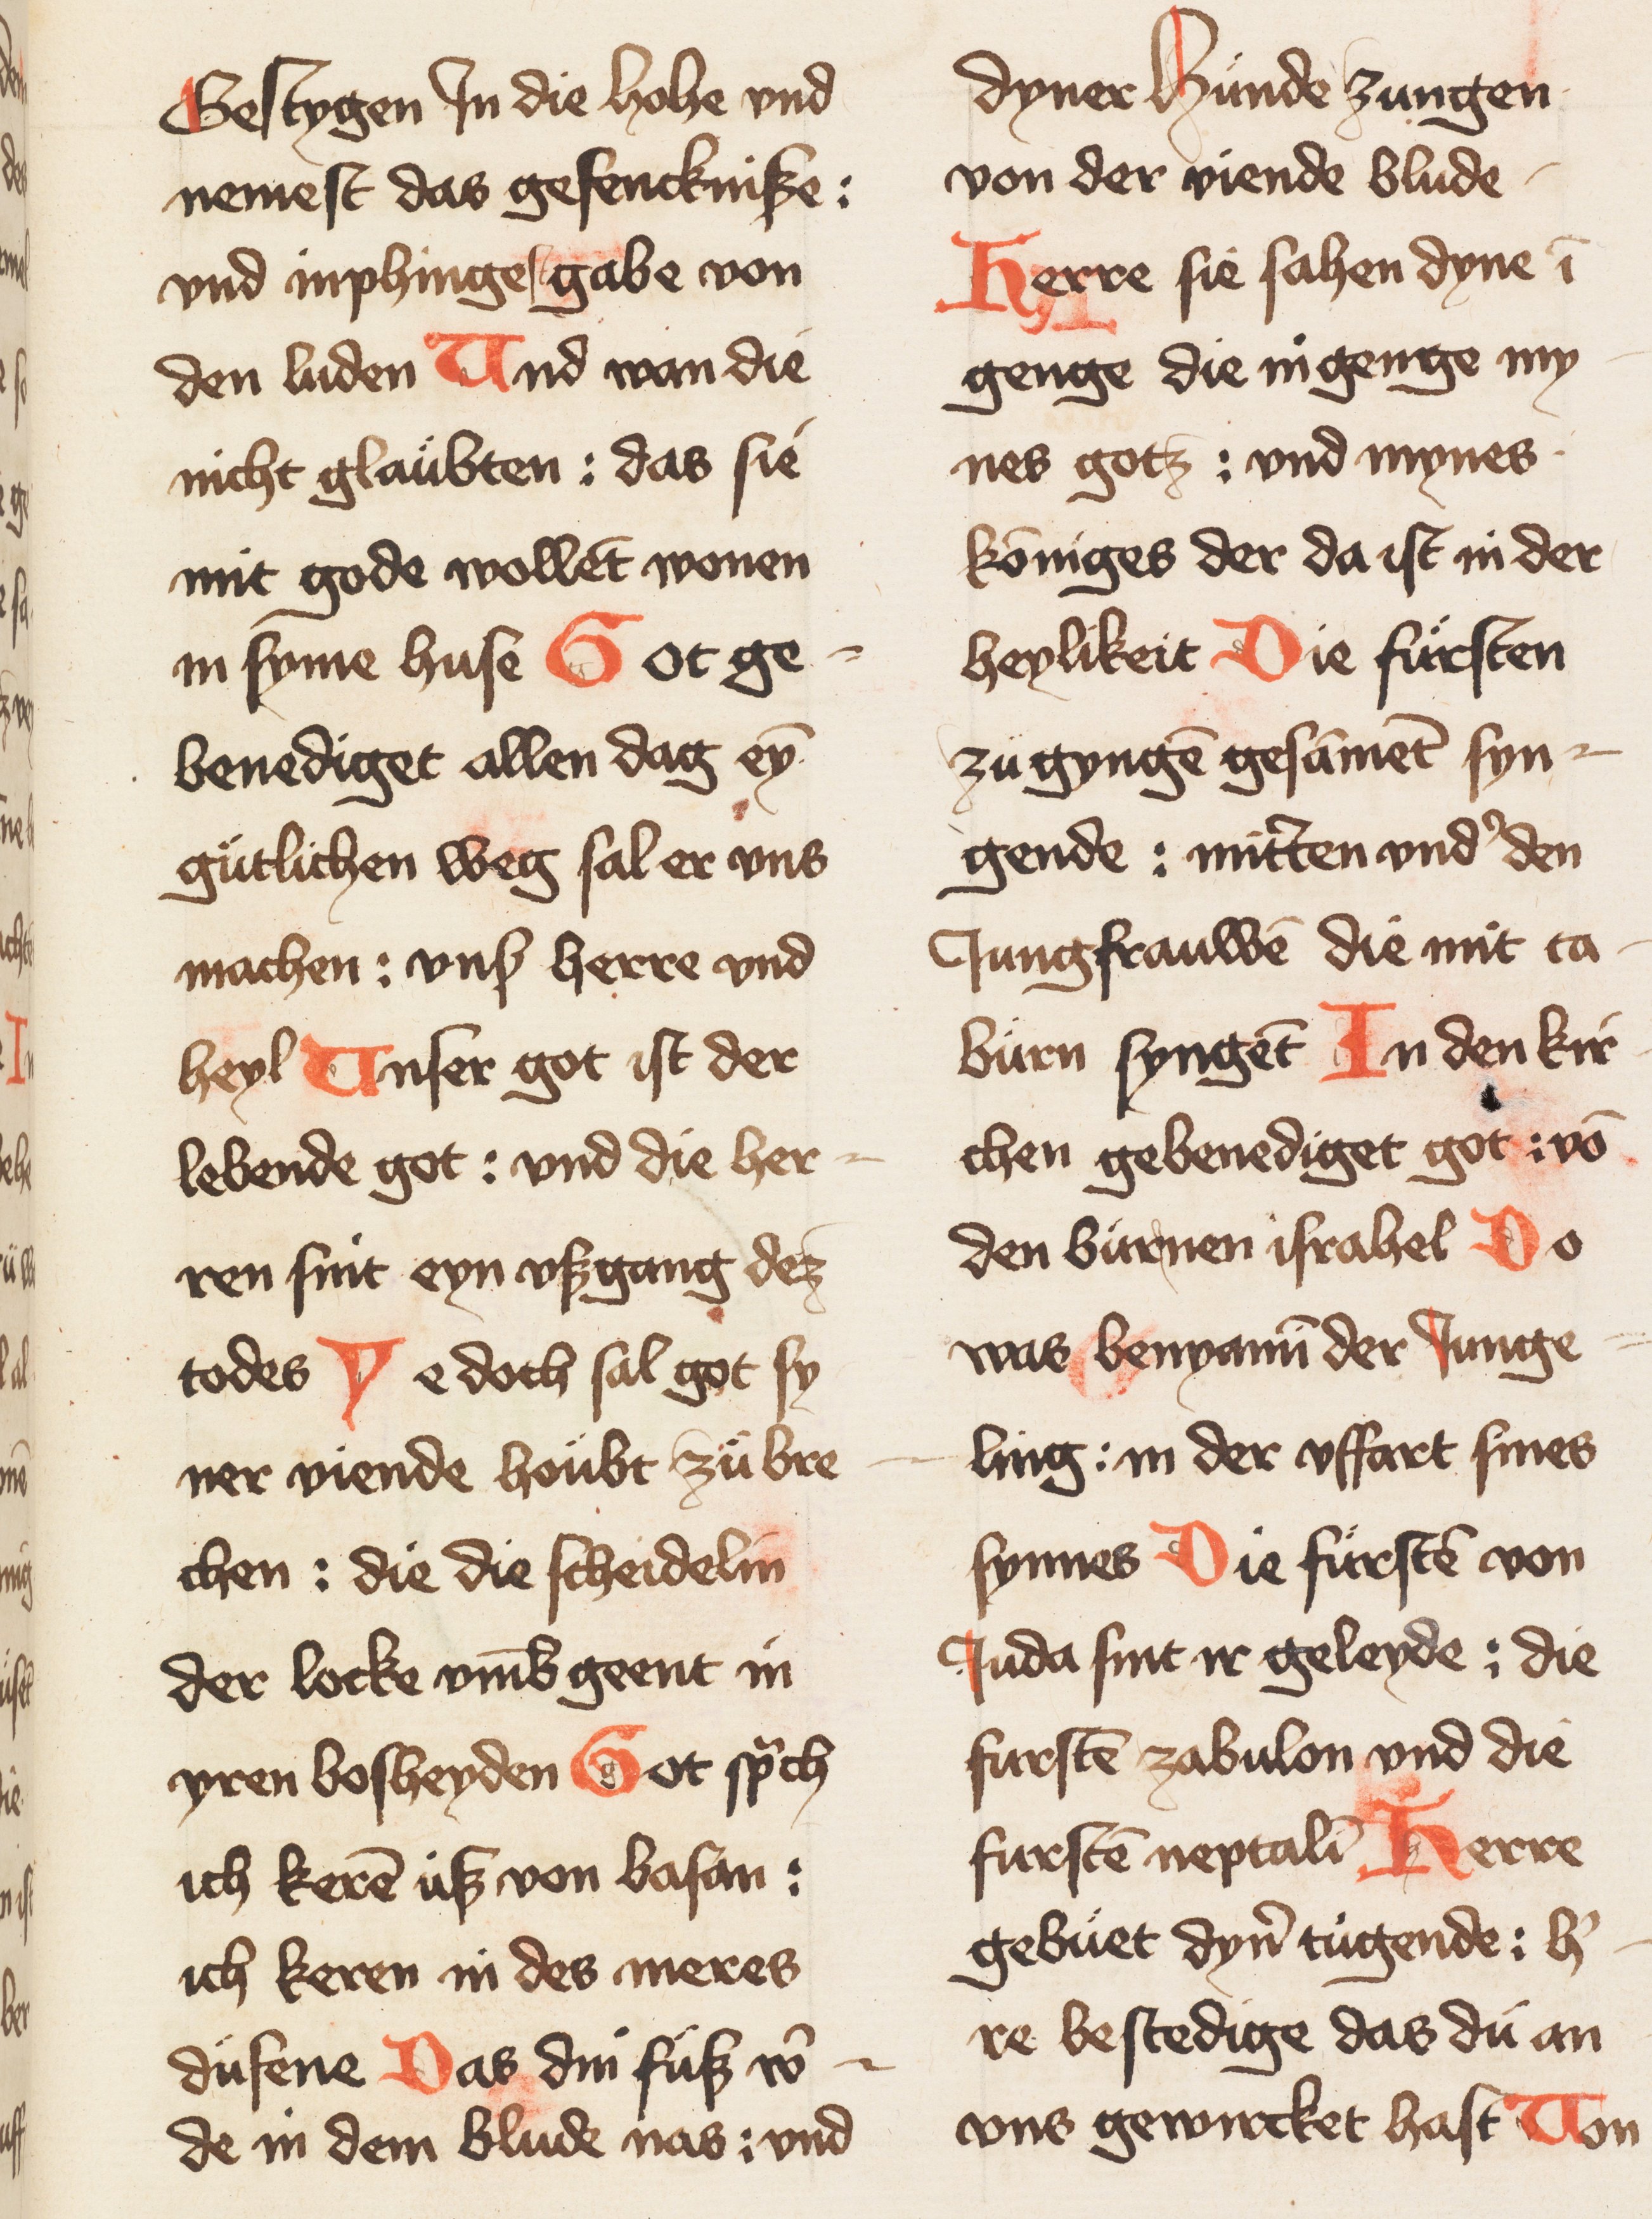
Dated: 1400–1424